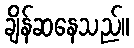
ချိန်ဆနေသည်။